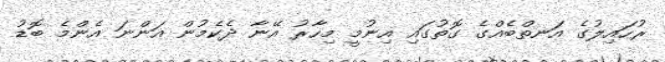
ރުހައިލުގެ އަނތްބެއްގެ ގޮތުގައި އިނުމީ މިހާރު އޭނާ ދެކެމުން އަންނަ އެންމެ ބޮޑު